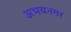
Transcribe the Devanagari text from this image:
अभयनगर